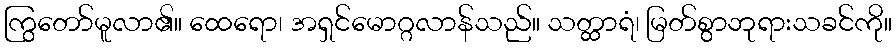
ကြွတော်မူလာ၏။ ထေရော၊ အရှင်မောဂ္ဂလာန်သည်။ သတ္ထာရံ၊ မြတ်စွာဘုရားသခင်ကို။